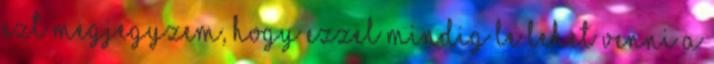
ezt megjegyzem, hogy ezzel mindig le lehet venni a